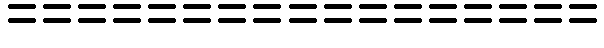
=================